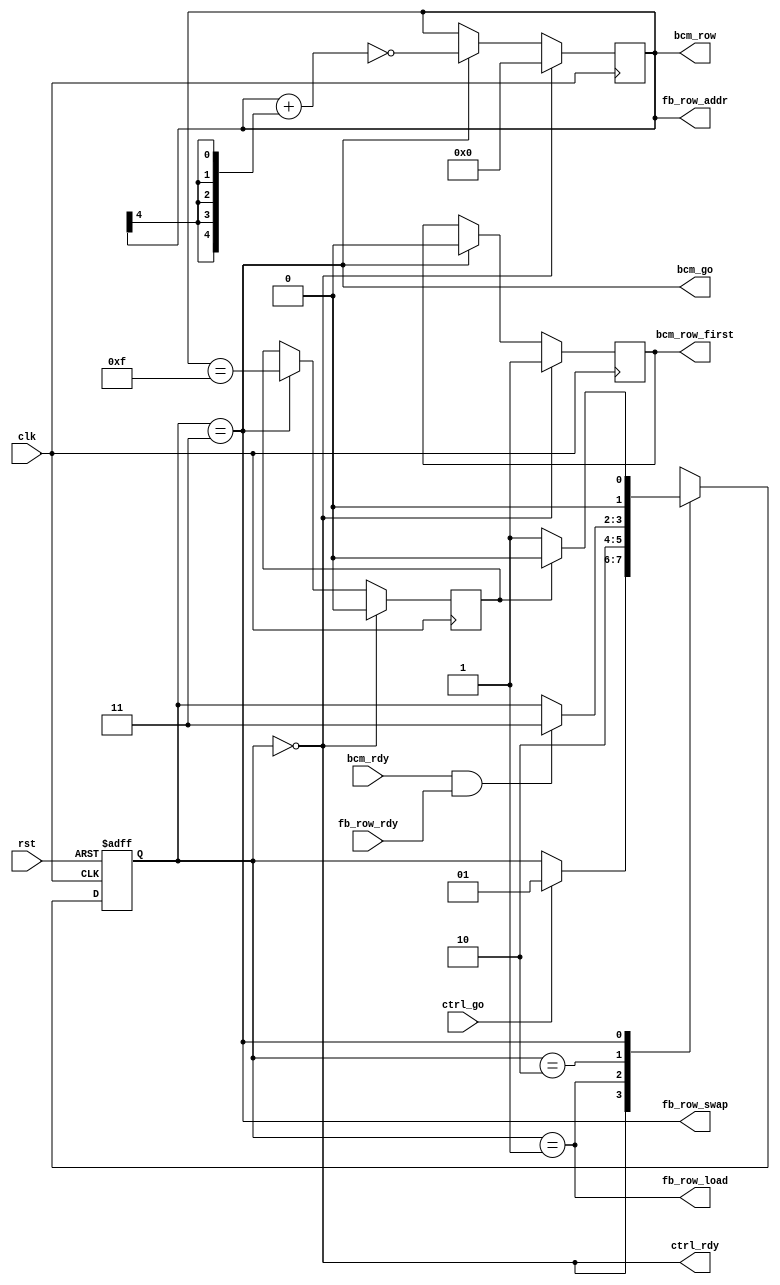
/*
 * hub75_scan.v
 *
 * vim: ts=4 sw=4
 *
 * Copyright (C) 2019-2020  Sylvain Munaut <tnt@246tNt.com>
 * SPDX-License-Identifier: CERN-OHL-W-2.0
 */

`default_nettype none

module hub75_scan #(
	parameter integer N_ROWS   = 32,

	parameter SCAN_MODE = "ZIGZAG",		// 'LINEAR' or 'ZIGZAG'

	// Auto-set
	parameter integer LOG_N_ROWS  = $clog2(N_ROWS)
)(
	// BCM interface
	output wire [LOG_N_ROWS-1:0] bcm_row,
	output wire bcm_row_first,
	output wire bcm_go,
	input  wire bcm_rdy,

	// Frame buffer read interface
	output wire [LOG_N_ROWS-1:0] fb_row_addr,
	output wire fb_row_load,	// Back-buffer load request
	input  wire fb_row_rdy,		// Back-buffer loaded
	output wire fb_row_swap,	// Buffer swap

	// Control
	input  wire ctrl_go,
	output wire ctrl_rdy,

	// Clock / Reset
	input  wire clk,
	input  wire rst
);

	// Signals
	// -------

	// FSM
	localparam
		ST_IDLE		= 0,	// Idle
		ST_LOAD		= 1,	// Load back-buffer with next-row
		ST_WAIT		= 2,	// Wait for back-buffer & BCM to be ready
		ST_PAINT	= 3;	// Swap buffer, issue BCM paint, go to next row

	reg [1:0] fsm_state;
	reg [1:0] fsm_state_next;

	// Row counter
	reg [LOG_N_ROWS-1:0] row;
	reg row_first;
	reg row_last;


	// FSM
	// ---

	// State register
	always @(posedge clk or posedge rst)
		if (rst)
			fsm_state <= ST_IDLE;
		else
			fsm_state <= fsm_state_next;

	// Next-State logic
	always @(*)
	begin
		// Default is to not move
		fsm_state_next = fsm_state;

		// Transitions ?
		case (fsm_state)
			ST_IDLE:
				if (ctrl_go)
					fsm_state_next = ST_LOAD;

			ST_LOAD:
				fsm_state_next = ST_WAIT;

			ST_WAIT:
				if (bcm_rdy & fb_row_rdy)
					fsm_state_next = ST_PAINT;

			ST_PAINT:
				fsm_state_next = row_last ? ST_IDLE : ST_LOAD;
		endcase
	end


	// Row counter
	// -----------

	always @(posedge clk)
		if (fsm_state == ST_IDLE) begin
			row <= 0;
			row_first <= 1'b1;
			row_last  <= 1'b0;
		end else if (fsm_state == ST_PAINT) begin
			if (SCAN_MODE == "ZIGZAG") begin
				row <= ~(row + {LOG_N_ROWS{row[LOG_N_ROWS-1]}});
				row_first <= 1'b0;
				row_last  <= (row == {1'b0, {(LOG_N_ROWS-1){1'b1}}});
			end else begin
				row <= row + 1;
				row_first <= 1'b0;
				row_last  <= (row == {{(LOG_N_ROWS-1){1'b1}}, 1'b0});
			end
		end


	// External interfaces
	// -------------------

	// BCM
	assign bcm_row       = row;
	assign bcm_row_first = row_first;
	assign bcm_go        = (fsm_state == ST_PAINT);

	// Frame Buffer pre loader
	assign fb_row_addr = row;
	assign fb_row_load = (fsm_state == ST_LOAD);
	assign fb_row_swap = (fsm_state == ST_PAINT);

	// Ready signal
	assign ctrl_rdy = (fsm_state == ST_IDLE);

endmodule // hub75_scan